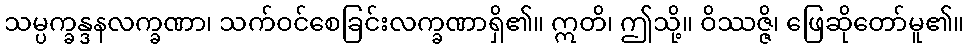
သမ္ပက္ခန္ဒနလက္ခဏာ၊ သက်ဝင်စေခြင်းလက္ခဏာရှိ၏။ ဣတိ၊ ဤသို့။ ဝိဿဇ္ဇိ၊ ဖြေဆိုတော်မူ၏။